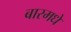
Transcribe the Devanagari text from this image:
बारमधे